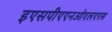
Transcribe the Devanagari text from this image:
इएसपीएएनओएलएएस